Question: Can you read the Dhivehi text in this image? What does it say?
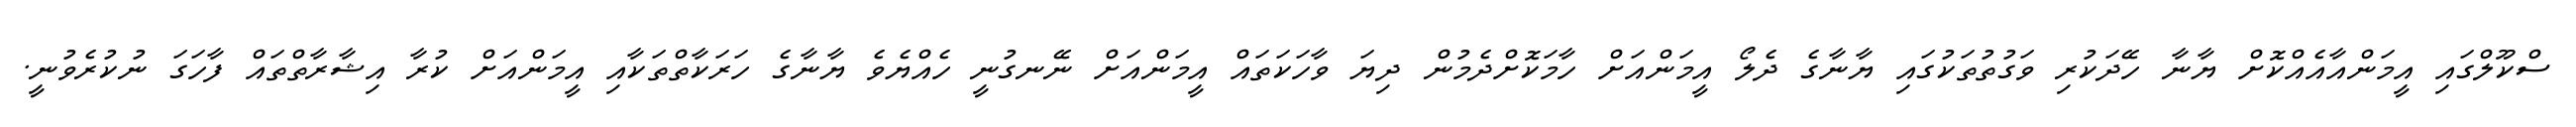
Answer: ސްކޫލްގައި އީމަންއާއެއްކޮށް ޔާނާ ހޭދަކުރި ވަގުތުތަކުގައި ޔާނާގެ ދެލޯ އީމަންއަށް ހާމަކޮށްދެމުން ދިޔަ ވާހަކަތައް އީމަންއަށް ނޭނގުނީ ހެއްޔެވެ ޔާނާގެ ހަރަކާތްތަކާއި އީމަންއަށް ކުރާ އިޝާރާތްތައް ފާހަގަ ނުކުރެވުނީ.